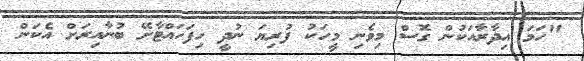
"ހަމަ އިދާރާއަކުން ގޮސް މިވެނި މީހަކު ފުރިޔަ ނުދީ ހިފަހައްޓާށޭ ބުނާއިރަށް އެކަން